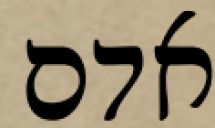
אדם